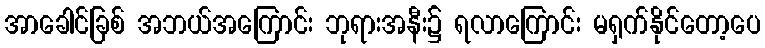
အာခေါင်ခြစ် အဘယ်အကြောင်း ဘုရားအနီး၌ ရလာကြောင်း မရှက်နိုင်တော့ပေ